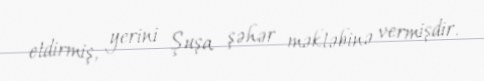
etdirmiş, yerini Şuşa şəhər məktəbinə vermişdir.